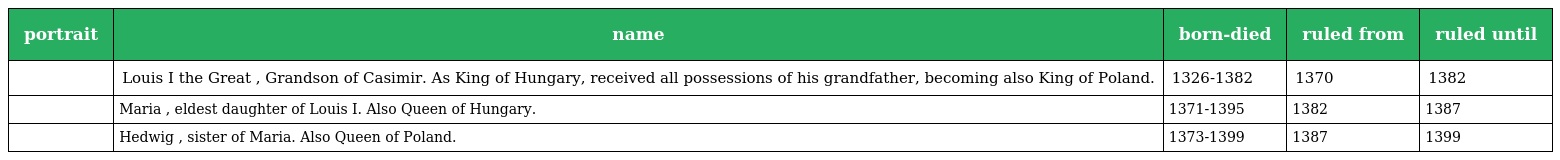
| portrait | name | born-died | ruled from | ruled until |
 | --- | --- | --- | --- | --- |
 |  | Louis I the Great , Grandson of Casimir. As King of Hungary, received all possessions of his grandfather, becoming also King of Poland. | 1326-1382 | 1370 | 1382 |
 |  | Maria , eldest daughter of Louis I. Also Queen of Hungary. | 1371-1395 | 1382 | 1387 |
 |  | Hedwig , sister of Maria. Also Queen of Poland. | 1373-1399 | 1387 | 1399 |